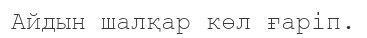
Айдын шалқар көл ғаріп.